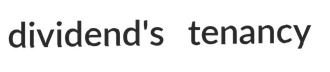
dividend's tenancy